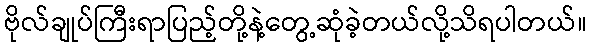
ဗိုလ်ချုပ်ကြီးရာပြည့်တို့နဲ့တွေ့ဆုံခဲ့တယ်လို့သိရပါတယ်။